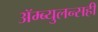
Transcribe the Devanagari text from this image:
ॲम्ब्युलन्सही